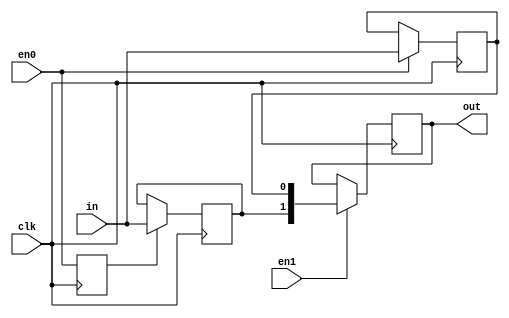
//#############################################################################
//# Function: Dual data rate input buffer (2 cycle delay)                     #
//#############################################################################
//# Author:   Andreas Olofsson                                                #
//# License:  MIT (see LICENSE file in OH! repository)                        #
//#############################################################################

module oh_iddr
  #(parameter N    = 1,        // vector width
    parameter SYN  = "TRUE",   // synthesizable (or not)
    parameter TYPE = "DEFAULT" // scell type/size
    )
   (
    input 		 clk, // clock
    input 		 en0, // 1st cycle enable
    input 		 en1, // 2nd cycle enable
    input [N-1:0] 	 in, // data input sampled on both edges of clock
    output reg [2*N-1:0] out // iddr aligned
    );

   generate
      if(SYN == "TRUE") begin

	 //regs("sl"=stable low, "sh"=stable high)
	 reg [N-1:0]     in_sl;
	 reg [N-1:0] 	 in_sh;
	 reg 		 en0_negedge;

	 //########################
	 // Pipeline valid for negedge
	 //########################
	 always @ (negedge clk)
	   en0_negedge <= en0;

	 //########################
	 // Dual edge sampling
	 //########################

	 always @ (posedge clk)
	   if(en0)
	     in_sl[N-1:0] <= in[N-1:0];
	 always @ (negedge clk)
	   if(en0_negedge)
	     in_sh[N-1:0] <= in[N-1:0];

	 //########################
	 // Aign pipeline
	 //########################
	 always @ (posedge clk)
	   if(en1)
	     out[2*N-1:0] <= {in_sh[N-1:0],
			      in_sl[N-1:0]};

      end
      else begin
	 for (i=0;i<N;i=i+1) begin
	    asic_iddr #(.TYPE(TYPE))
	    asic_iddr(// Outputs
		      .out	(out[2*N-1:0]),
		      // Inputs
		      .clk	(clk),
		      .en0	(en0),
		      .en1	(en1),
		      .in	(in[N-1:0]));
	 end
      end
   endgenerate

endmodule // oh_iddr